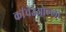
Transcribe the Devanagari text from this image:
कांचेउओल्लो